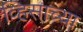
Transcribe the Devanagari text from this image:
व्हिसाच्या